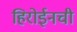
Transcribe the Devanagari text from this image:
हिरोईनची